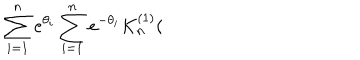
LaTeX: \sum _ { i = 1 } ^ { n } e ^ { \theta _ { i } } \sum _ { i = 1 } ^ { n } e ^ { - \theta _ { i } } K _ { n } ^ { ( 1 ) } (